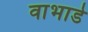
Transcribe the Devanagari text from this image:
वाभाडे